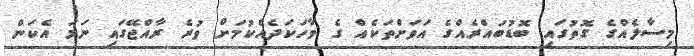
މިސާލެއްގެ ގޮތުގައި ބޮޑުބައްރެއްގެ އަވަށްތަކެއް ގެ ވާހަކަދެއްކުމަށް ވުރެ ރާއްޖޭގައި ނަމަ އެކަން